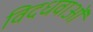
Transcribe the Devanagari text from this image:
विदधवाओं